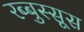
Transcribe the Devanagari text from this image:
रब्बुस्सूस